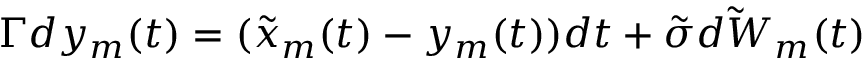
\Gamma d y _ { m } ( t ) = ( \tilde { x } _ { m } ( t ) - y _ { m } ( t ) ) d t + \tilde { \sigma } \tilde { d W } _ { m } ( t )